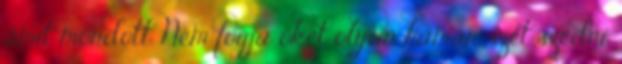
amit mondott. Nem fogja őket olyan hamar szét szedni.